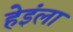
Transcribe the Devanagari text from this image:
हेइंला